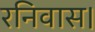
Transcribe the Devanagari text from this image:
रनिवास।